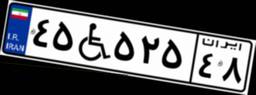
۴۵W۵۲۵۴۸